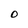
Character: 0